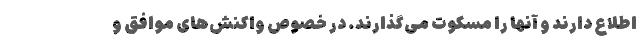
اطلاع دارند و آنها را مسکوت می‌گذارند. در خصوص واکنش‌های موافق و